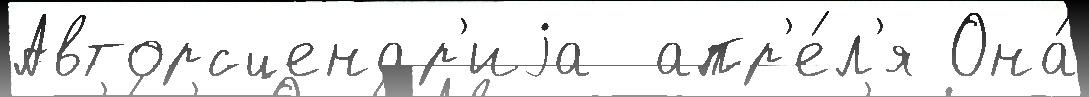
Авторсценар'иjа  апр'е́л'я Она́